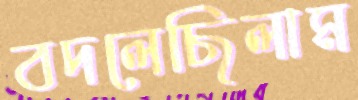
বদলেছিলাম